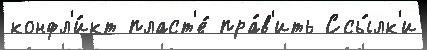
конфл'и́кт пласт'е́ пра́в'ить Ссы́лк'и